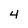
Character: 4